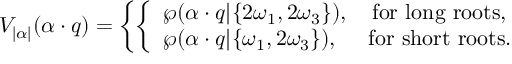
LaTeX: V _ { | \alpha | } ( \alpha \cdot q ) = \left\{ \left\{ \begin{array} { l l } { { \wp ( \alpha \cdot q | \{ 2 \omega _ { 1 } , 2 \omega _ { 3 } \} ) , \quad \mathrm { f o r ~ l o n g ~ r o o t s } , } } \\ { { \wp ( \alpha \cdot q | \{ \omega _ { 1 } , 2 \omega _ { 3 } \} ) , \quad \ \mathrm { f o r ~ s h o r t ~ r o o t s } . } } \end{array} \right. \right.